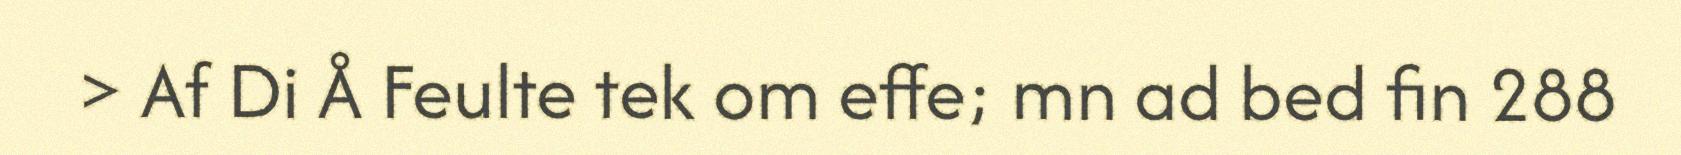
> Af Di Å Feulte tek om effe; mn ad bed fin 288